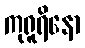
ကုရူရိနော